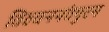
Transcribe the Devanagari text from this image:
तिरुवननंतपुरम